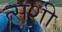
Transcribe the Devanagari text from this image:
त्सशी